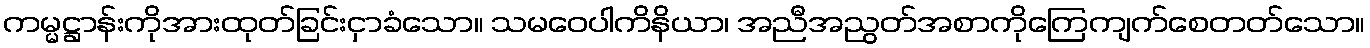
ကမ္မဋ္ဌာန်းကိုအားထုတ်ခြင်းငှာခံသော။ သမဝေပါကိနိယာ၊ အညီအညွတ်အစာကိုကြေကျက်စေတတ်သော။